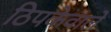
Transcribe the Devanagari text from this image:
ठिपकेवाले